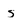
Character: S